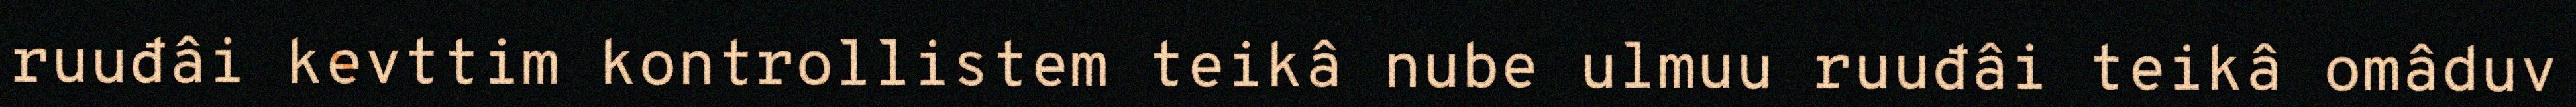
ruuđâi kevttim kontrollistem teikâ nube ulmuu ruuđâi teikâ omâduv